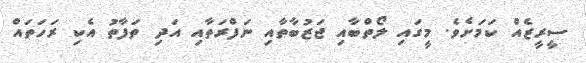
ސީރީޒެއް ކަމަށެވެ. މީގައި ލޯތްބާއި ޖަޒުބާތާއި ނަފްރަތާއި އަދި ތަފާތު އެކި ރަހަތައް